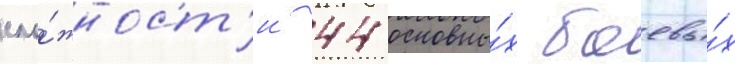
сло́жност'и 44 основны́х боевы́х